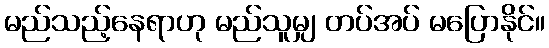
မည်သည့်နေရာဟု မည်သူမျှ တပ်အပ် မပြောနိုင်။